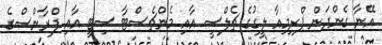
އޭނާ ގެންދަން ޕްރިމިއާ ލީގުގެ ޗެލްސީ އާއި މެންޗެސްޓާ ސިޓީ އާއި ފްރާންސްގެ